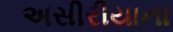
અસીરીયાના